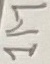
Text: 1M